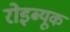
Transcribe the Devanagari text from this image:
रोइब्यूक